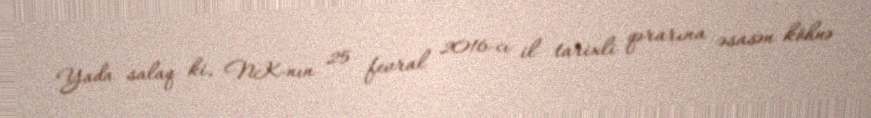
Yada salaq ki, NK-nın 25 fevral 2016-cı il tarixli qərarına əsasən köhnə